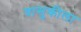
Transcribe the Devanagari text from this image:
वासुकीला